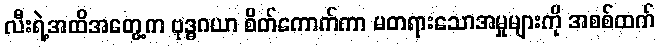
လီးရဲ့အထိအတွေ့က ဗုဒ္ဓဂယာ စိတ်ကောက်ကာ မတရားသောအမှုများကို အစစ်ထက်